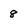
Character: 8